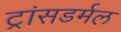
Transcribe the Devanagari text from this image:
ट्रांसडर्मल